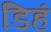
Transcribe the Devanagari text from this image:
डिहं